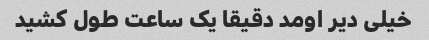
خیلی دیر اومد دقیقا یک ساعت طول کشید